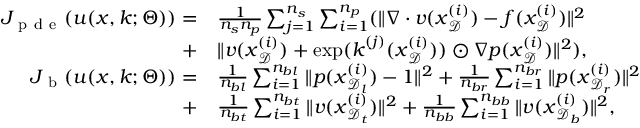
\begin{array} { r l } { J _ { \mathrm { ~ p ~ d ~ e ~ } } ( u ( \boldsymbol { x } , \boldsymbol { k } ; \Theta ) ) = } & { { } \frac { 1 } { n _ { s } n _ { p } } \sum _ { j = 1 } ^ { n _ { s } } \sum _ { i = 1 } ^ { n _ { p } } ( \| \nabla \cdot \boldsymbol { v } ( \boldsymbol { x } _ { \mathcal { D } } ^ { ( i ) } ) - f ( \boldsymbol { x } _ { \mathcal { D } } ^ { ( i ) } ) \| ^ { 2 } } \\ { + } & { { } \| \boldsymbol { v } ( \boldsymbol { x } _ { \mathcal { D } } ^ { ( i ) } ) + \exp ( \boldsymbol { k } ^ { ( j ) } ( \boldsymbol { x } _ { \mathcal { D } } ^ { ( i ) } ) ) \odot \nabla p ( \boldsymbol { x } _ { \mathcal { D } } ^ { ( i ) } ) \| ^ { 2 } ) , } \\ { J _ { \mathrm { ~ b ~ } } ( u ( \boldsymbol { x } , \boldsymbol { k } ; \Theta ) ) = } & { { } \frac { 1 } { n _ { b l } } \sum _ { i = 1 } ^ { n _ { b l } } \| p ( \boldsymbol { x } _ { \mathcal { D } _ { l } } ^ { ( i ) } ) - 1 \| ^ { 2 } + \frac { 1 } { n _ { b r } } \sum _ { i = 1 } ^ { n _ { b r } } \| p ( \boldsymbol { x } _ { \mathcal { D } _ { r } } ^ { ( i ) } ) \| ^ { 2 } } \\ { + } & { { } \frac { 1 } { n _ { b t } } \sum _ { i = 1 } ^ { n _ { b t } } \| \boldsymbol { v } ( \boldsymbol { x } _ { \mathcal { D } _ { t } } ^ { ( i ) } ) \| ^ { 2 } + \frac { 1 } { n _ { b b } } \sum _ { i = 1 } ^ { n _ { b b } } \| \boldsymbol { v } ( \boldsymbol { x } _ { \mathcal { D } _ { b } } ^ { ( i ) } ) \| ^ { 2 } , } \end{array}